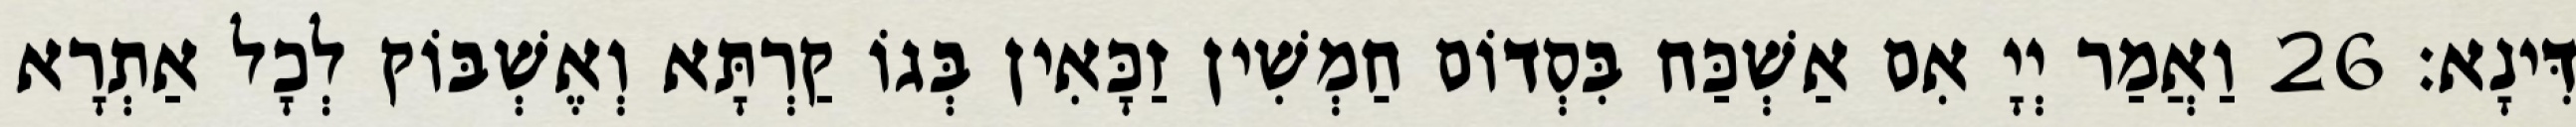
דִּינָא׃ 26 וַאֲמַר יְיָ אִם אַשְׁכַּח בִּסְדוֹם חַמְשִׁין זַכָּאִין בְּגוֹ קַרְתָּא וְאֶשְׁבּוֹק לְכָל אַתְרָא